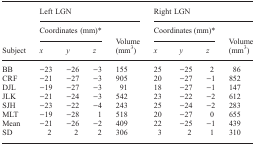
<table><thead><tr><td></td><td colspan="4"><b>Left LGN</b></td><td colspan="4"><b>Right LGN</b></td></tr><tr><td></td><td colspan="3"><b>Coordinates (mm)*</b></td><td></td><td colspan="3"><b>Coordinates (mm)*</b></td><td></td></tr><tr><td><b>Subject</b></td><td><b><i>x</i></b></td><td><b><i>y</i></b></td><td><b><i>z</i></b></td><td><b>Volume (mm<sup>3</sup>)</b></td><td><b><i>x</i></b></td><td><b><i>y</i></b></td><td><b><i>z</i></b></td><td><b>Volume (mm<sup>3</sup>)</b></td></tr></thead><tbody><tr><td>BB</td><td>−23</td><td>−26</td><td>−3</td><td>155</td><td>25</td><td>−25</td><td>2</td><td>86</td></tr><tr><td>CRF</td><td>−21</td><td>−27</td><td>−3</td><td>905</td><td>20</td><td>−27</td><td>−1</td><td>852</td></tr><tr><td>DJL</td><td>−19</td><td>−27</td><td>−3</td><td>91</td><td>18</td><td>−27</td><td>−1</td><td>147</td></tr><tr><td>JLK</td><td>−21</td><td>−24</td><td>−3</td><td>542</td><td>23</td><td>−22</td><td>−2</td><td>612</td></tr><tr><td>SJH</td><td>−23</td><td>−22</td><td>−4</td><td>243</td><td>25</td><td>−24</td><td>−2</td><td>283</td></tr><tr><td>MLT</td><td>−19</td><td>−28</td><td>1</td><td>518</td><td>20</td><td>−27</td><td>0</td><td>655</td></tr><tr><td>Mean</td><td>−21</td><td>−26</td><td>−2</td><td>409</td><td>22</td><td>−25</td><td>−1</td><td>439</td></tr><tr><td>SD</td><td>2</td><td>2</td><td>2</td><td>306</td><td>3</td><td>2</td><td>1</td><td>310</td></tr></tbody></table>